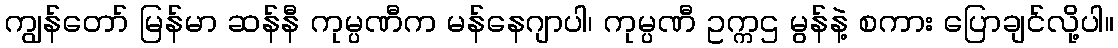
ကျွန်တော် မြန်မာ ဆန်နီ ကုမ္ပဏီက မန်နေဂျာပါ၊ ကုမ္ပဏီ ဥက္ကဌ မွန်နဲ့ စကား ပြောချင်လို့ပါ။